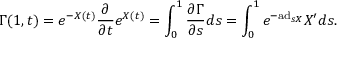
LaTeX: \Gamma ( 1 , t ) = e ^ { - X ( t ) } { \frac { \partial } { \partial t } } e ^ { X ( t ) } = \int _ { 0 } ^ { 1 } { \frac { \partial \Gamma } { \partial s } } d s = \int _ { 0 } ^ { 1 } e ^ { - \mathrm { a d } _ { s X } } X ^ { \prime } d s .